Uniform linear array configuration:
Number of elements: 64
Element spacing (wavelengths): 0.5
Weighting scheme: cosine
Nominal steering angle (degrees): -60
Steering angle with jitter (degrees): -59.596
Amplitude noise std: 0.05
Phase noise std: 0.05

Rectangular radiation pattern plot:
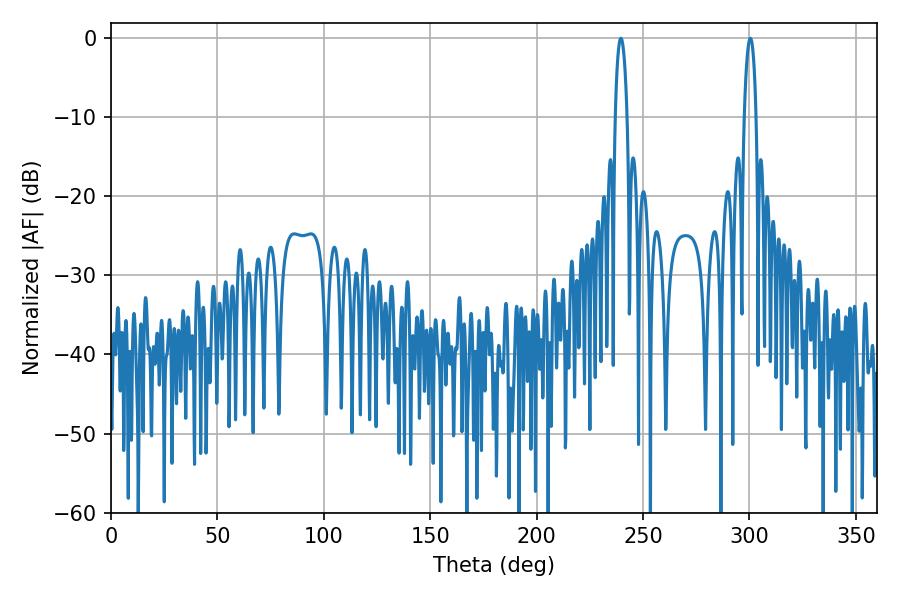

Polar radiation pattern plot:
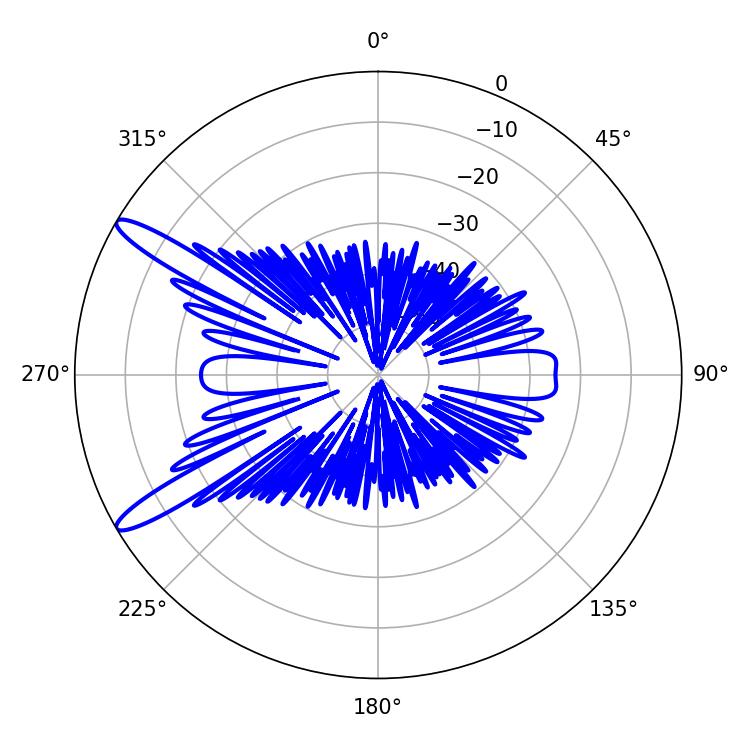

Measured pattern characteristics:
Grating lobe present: FALSE
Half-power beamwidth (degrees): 3.06
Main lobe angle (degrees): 239.58